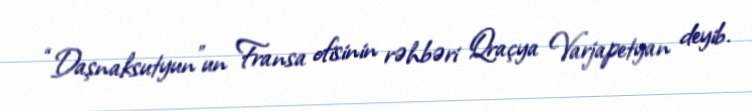
“Daşnaksutyun”un Fransa ofisinin rəhbəri Qraçya Varjapetyan deyib.